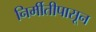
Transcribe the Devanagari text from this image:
निर्मीतीपासून